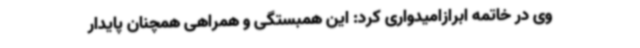
وی در خاتمه ابرازامیدواری کرد: این همبستگی و همراهی همچنان پایدار